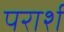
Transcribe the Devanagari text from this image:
परार्श